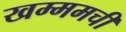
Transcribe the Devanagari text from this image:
खम्ममची